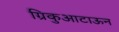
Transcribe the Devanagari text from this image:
ग्रिकुआटाऊन